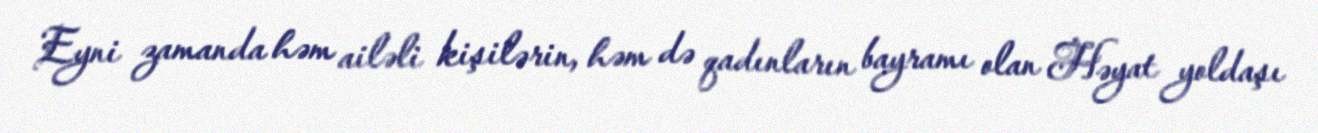
Eyni zamanda həm ailəli kişilərin, həm də qadınların bayramı olan Həyat yoldaşı